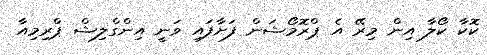
ކޮކާ ކޯލާ އިން މިރޭ އެ ޕްރޮމޯޝަން ފަށާފައި ވަނީ އިންގްލިޝް ޕްރިމިއާ